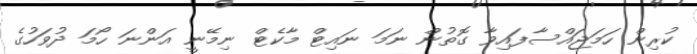
ކުރިން ހަމަޖައްސާފައިވާ ގޮތުން ނަމަ ނައިޓް މާކެޓް ނިމޭނީ އަންނަ ހޯމަ ދުވަހުގެ